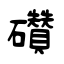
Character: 礸